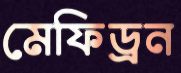
মেফিড্রন